Leaving Certificate, 1898
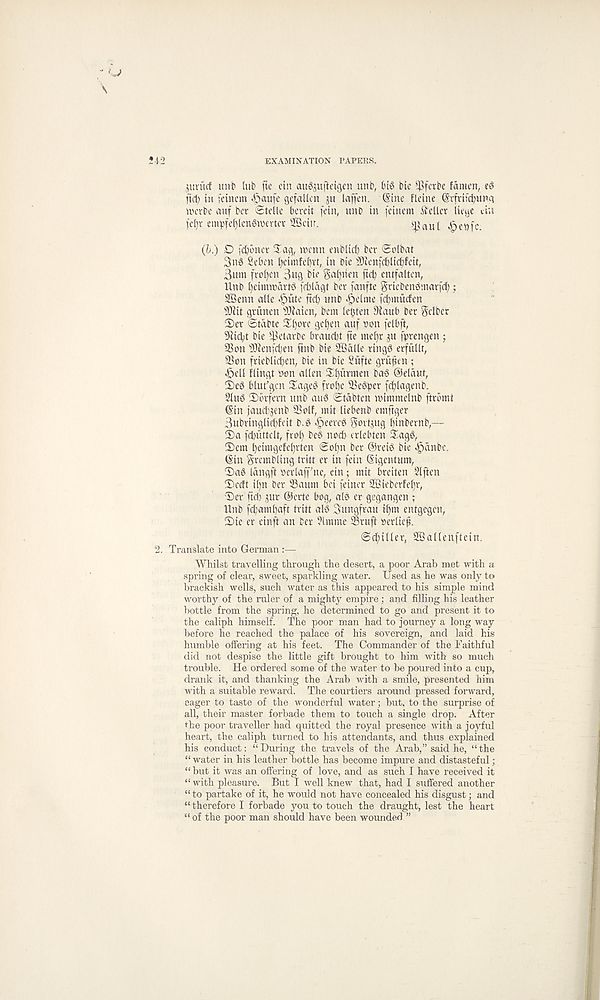
EXAMINATION PAPERS.
jttriicf ulib lub fte ctn au^jufteigen unb, big bie ^fetbe famen, eg
fid; in fetnem ^>aufe gefallcn 511 laffen. (Sine fleine (Srfvifd)imn
iverbe auf ber ©telle bereit fein, unb in feinem teller lieuc tin
fe()r empfef)lengiverter 2Beiir.
$aul ^eDfe.
(b.) D febbnet Sag, ivenn enblid) ber ©olbat
3ng Sebcn beimfenvt, in bie fDienfcblidjfeit,
Sum frozen Sug bie gaf)iien ficb entfalten,
Unb l)eimmdrtg ffblagt ber fanfte priebengmarfd);
2Benn alle .§ute fEd) unb d)elme febmuden
s )Jiit grunen s 3Jiaien, bem lenten Dfaub ber Sdber
5)er ©tabte Shore get)en auf non felbft,
9ficbt bie f^otarbe braudd fie mel)r ju fprengen ;
9Bon fDfenfd)en finb bie SBdlle ringd erfullt,
SSon frieblit^en, bie in bie Siifte gru^en ;
^)ell flingt non alien Sfyurmen bag ®eldut,
S)eg bludgcn Sageg frol)e Segper fd)tagenb.
Slug S or fern unb aug ©tdbten irimmelnb ftrbmt
(Sin jauebjenb 9Solf, mit liebenb emftger
Subringlid)feit b.g <§eereg Soring l)ittbernb,—
S)a fcbuttelt, frol) beg nod) erlebten Sagg,
S)em heimgefehrten ©ol)n ber @reig bie «§dnbe.
(Sin trembling tritt er in fein (Sigentum,
Sag langft oerlaff ne, ein; mit breiten Slften
Secft il)n ber 33aum bet feiner 2Sieberfel)r,
Ser ftcb j^ur @erte bog, ale er gegangen ;
Unb febambaft tritt alg Sungfrau ibm entgegen,
Sie er einft an ber Simme Sruft berlie^.
©chiller, SSallenftein.
Translate into German :—
Whilst travelling through the desert, a poor Arab met with a
spring of clear, sweet, sparkling water. Used as he was only to
brackish wells, such water as this appeared to his simple mind
worthy of the ruler of a mighty empire; and filling his leather
bottle from the spring, he determined to go and present it to
the caliph himself. The poor man had to journey a long way
before he reached the palace of his sovereign, and laid his
humble offering at his feet. The Commander of the Faithful
did not despise the little gift brought to him with so much
trouble. He ordered some of the water to be poured into a cup,
drank it, and thanking the Arab with a smile, presented him
with a suitable reward. The courtiers around pressed forward,
eager to taste of the wonderful water; but, to the surprise of
all, their master forbade them to touch a single drop. After
the poor traveller had quitted the royal presence with a joyful
heart, the caliph turned to his attendants, and thus explained
his conduct: “During the travels of the Arab,” said he, “the
“ water in his leather bottle has become impure and distasteful;
“ but it was an offering of love, and as such I have received it
“ with pleasure. But I well knew that, had I suffered another
“to partake of it, he would not have concealed his disgust; and
“ therefore I forbade you to touch the draught, lest the heart
“of the poor man should have been wounded ”